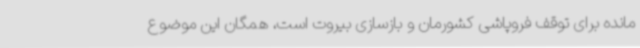
مانده برای توقف فروپاشی کشورمان و بازسازی بیروت است، همگان این موضوع